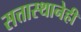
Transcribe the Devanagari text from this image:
सत्तास्थानेही